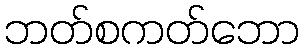
ဘတ်စကတ်ဘော